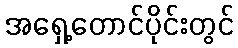
အရှေ့တောင်ပိုင်းတွင်